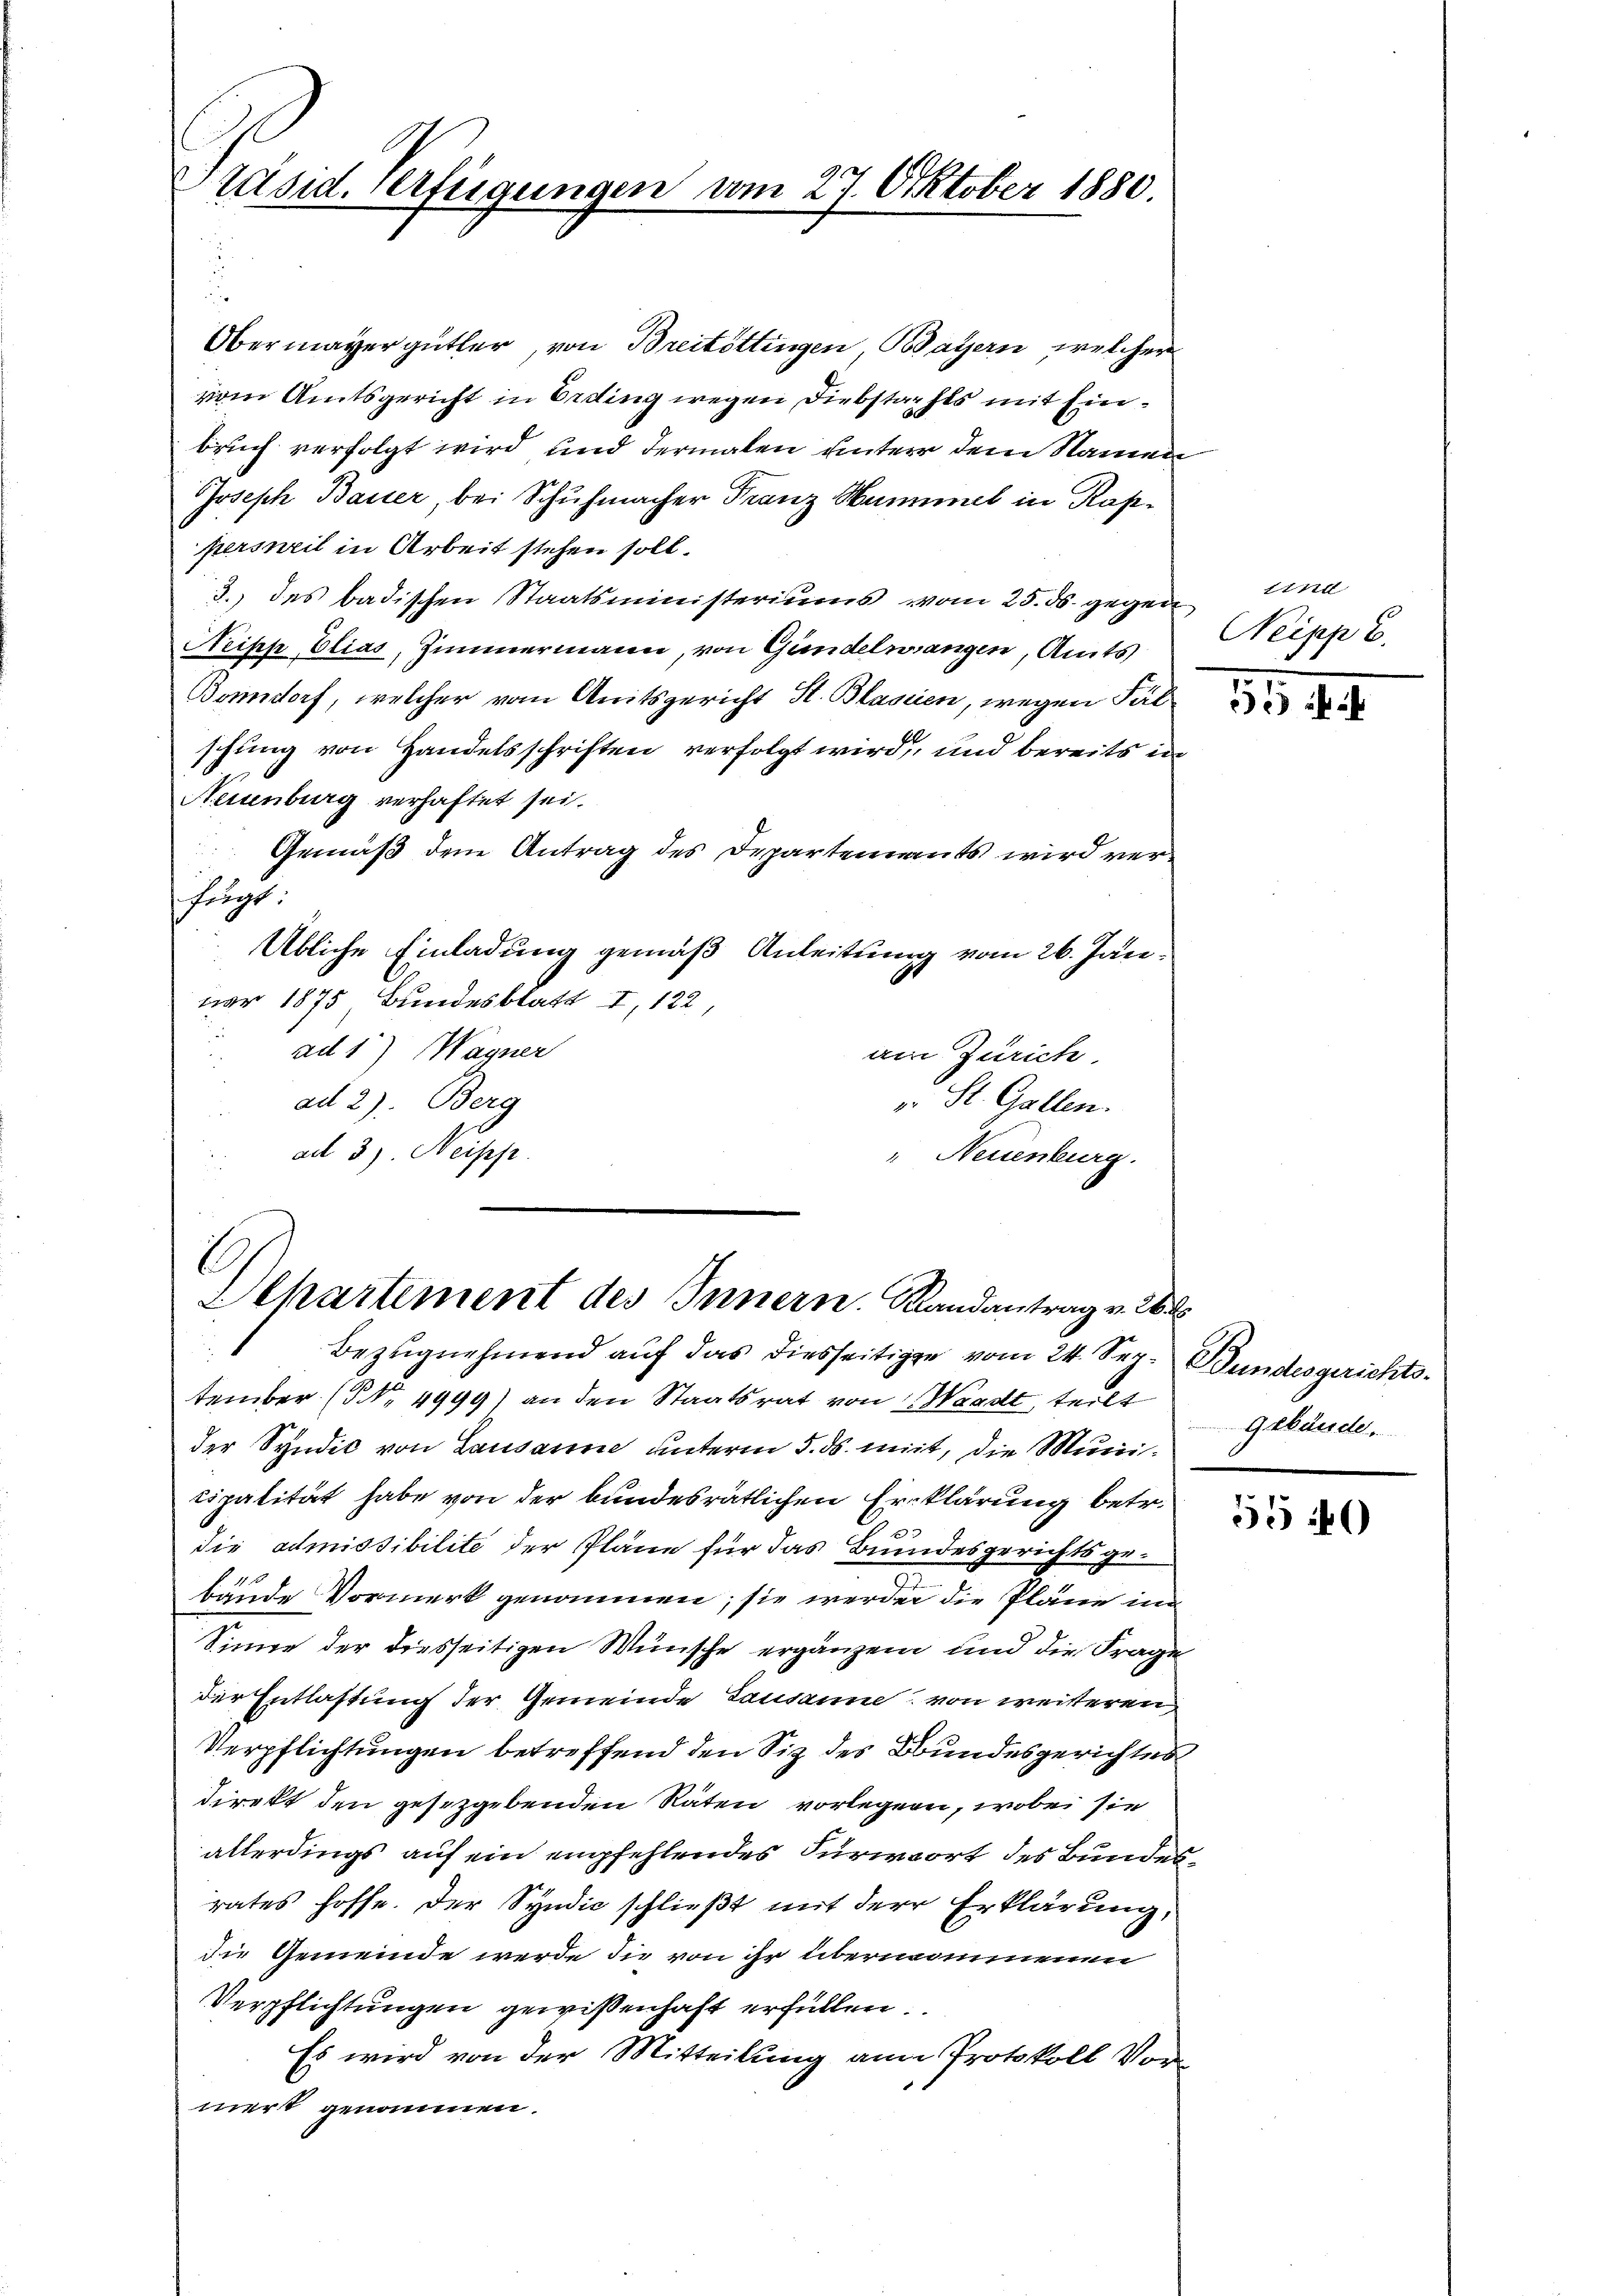
Präsid. Verfügungen am 27. Oktober 1880.

Obermayergüther, von Breitöttingen, Bayern, welcher
vom Amtsgericht in Ording wegen Diebstahls mit Einbruch verfolgt wird und dermalen unterer dem Namen
Joseph Basser, bei Schuhmacher Franz Hummel in Kappersweil in Arbeit stehen soll.
3.) des badischen Staatsministeriums vom 25. ds. gegen
Neipp, Elias, Zimmermann, von Gundelwangen, Amts
Bonndorf, welcher vom Amtsgericht St. Blasien, wegen Fäl
schung von Handelsschriften verfolgt wird, und bereits in
Neuenburg verhaftet sei.
Gemäß dem Antrag des Departenants wird verfügt:
Übliche Einladung gemäß Anleitung vom 26. Jänuar 1875 Bundesblatt I, 122
ad 1) Wagner
am Zürich.
ad 2). Berg
u St. Gallen.
ad 3. Neipp.
" Neuenburg.

E
Departement des Innern. Randantrag v. 26.

Bezugnehmend auf das diesseitigen vom 24. Sep. Bundesgerichtstember (NNo. 4999) an den Staatsrat von Waadt, teilt
der Syndic von Lausanne unterm 5. ds. mit, die Municipalität habe von der bundesrätlichen Erklärung betr.
die admissibilite der Pläne für das Bundesgerichts ge¬
11
bande Vormerk genommen; sie werden die Pläne in
Sinne der diesseitigen Wünsche ergänzen und die Frage
der Entlastung der Gemeinde Lausanne von weisteren
Verpflichtungen betreffend den Siz des Bundesgerichtes
direkt den gesetzgebenden Räten vorlegen, wobei sie
allerdings auf ein empfehlendes Fürwort des Bundesrates hoffe. Der Syndic schließt mit der Erklärung,
die Gemeinde werde die von ihr übernommenen
Verpflichtungen gewißenhaft erfüllen.
Es wird von der Mitteilung an Protokoll Vormert genommen.

sind
Neipp E.

5

Gebäude.

55 40